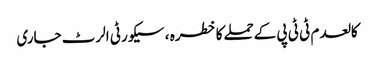
کالعدم ٹی ٹی پی کےحملےکاخطرہ ، سیکورٹی الرٹ جاری